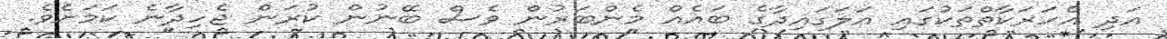
އަދި އެހަރަކާތްތަކުގައި އަލަގައިދާގެ ބައެއް މެންބަރުން ވެސް ބޭނުން ކުރަން ޖެހިދާނެ ކަމަށެވެ.